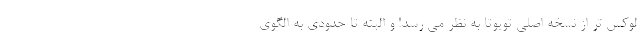
لوکس تر از نسخه اصلی تویوتا به نظر می رسد! و البته تا حدودی به الگوی